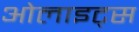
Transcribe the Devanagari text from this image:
ओलाइट्स